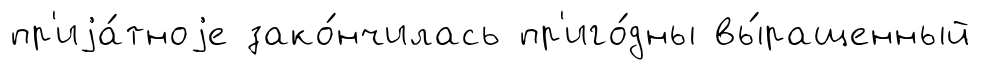
пр'иjа́тноjе зако́нчилась пр'иго́дны вы́ращенный